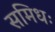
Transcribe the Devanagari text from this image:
समिधः